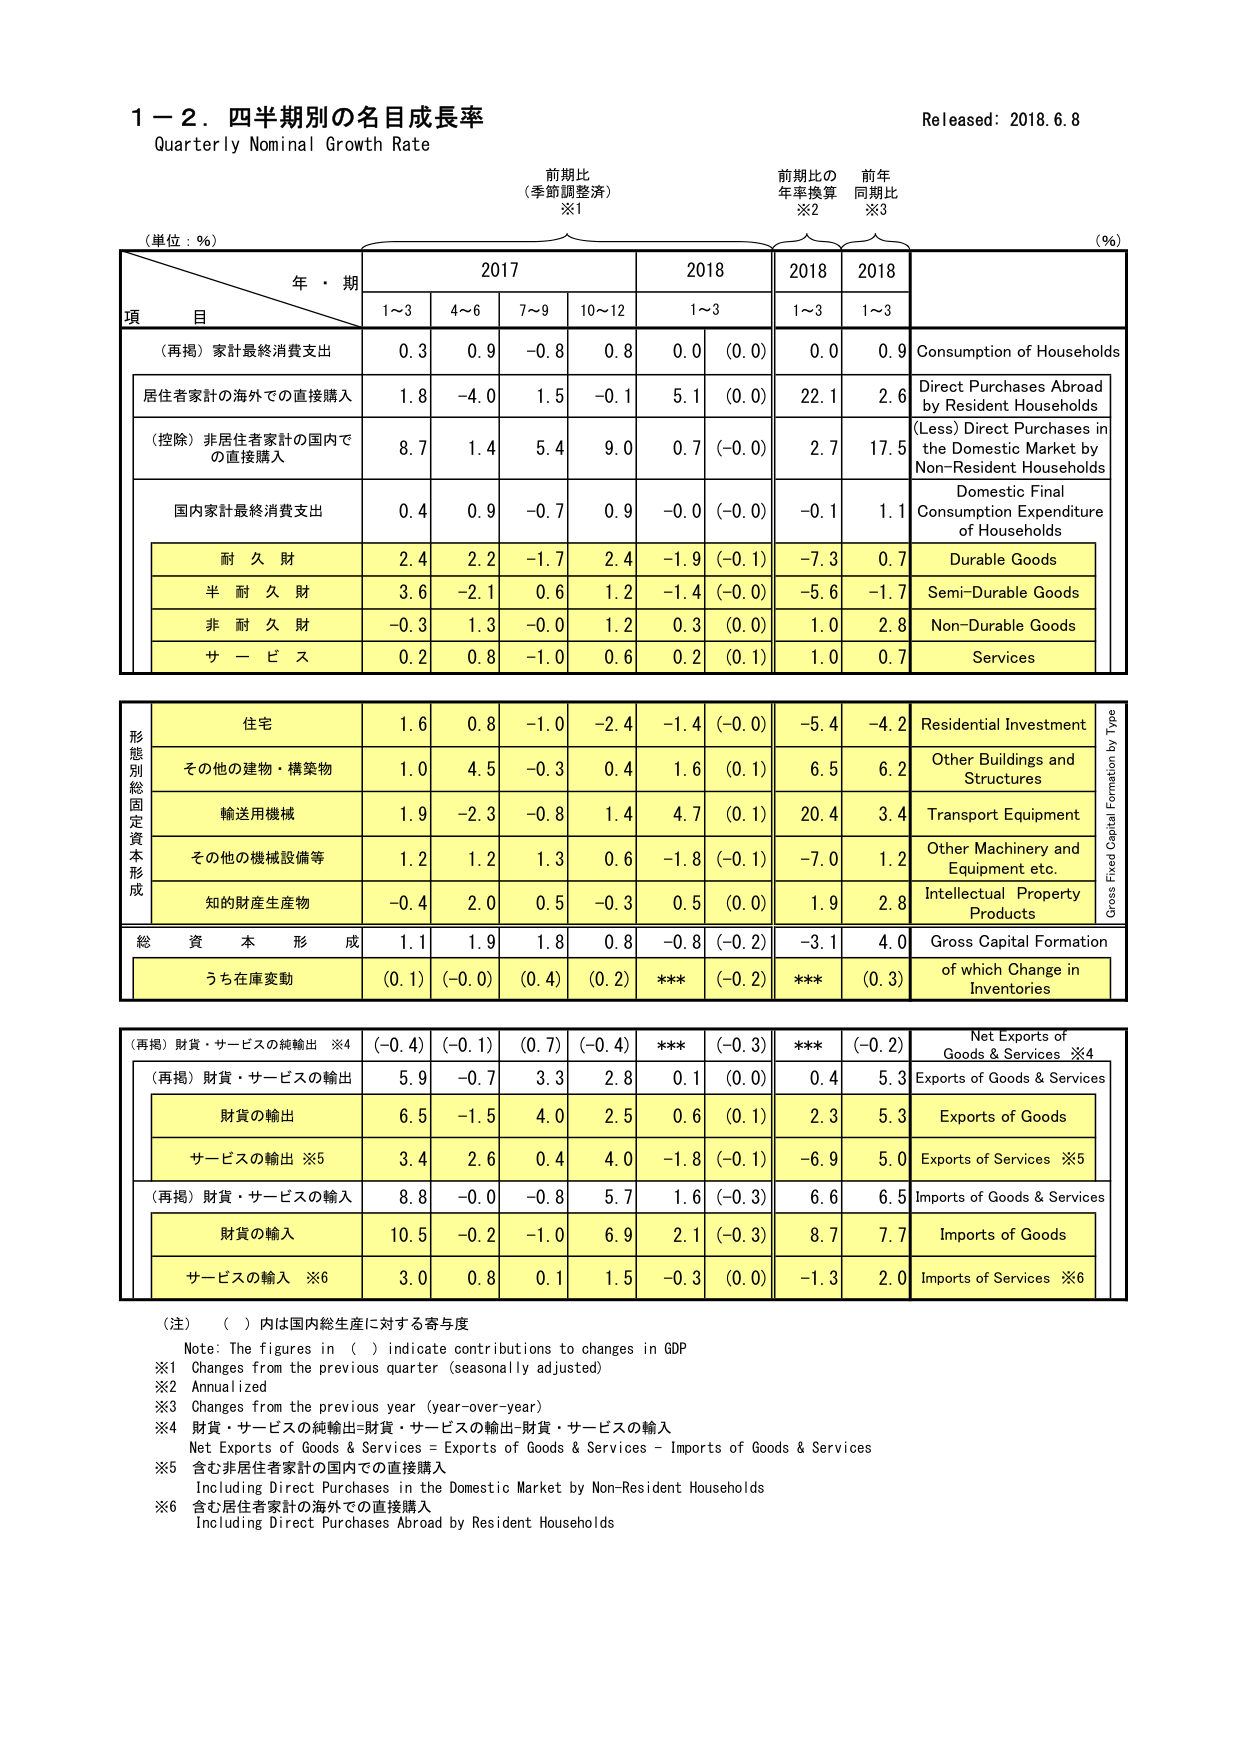
1－2．四半期別の名目成長率
Quarterly Nominal Growth Rate
Released: 2018.6.8

（単位：％）
（%）

前期比
（季節調整済）
※1

前期比の
年率換算
※2

前年
同期比
※3

年・期
2017
2018
2018
2018

項 目
1～3
4～6
7～9
10～12
1～3
1～3
1～3

（再掲）家計最終消費支出
0.3
0.9
-0.8
0.8
0.0
(0.0)
0.0
0.9
Consumption of Households

居住者家計の海外での直接購入
1.8
-4.0
1.5
-0.1
5.1
(0.0)
22.1
2.6
Direct Purchases Abroad by Resident Households

（控除）非居住者家計の国内での直接購入
8.7
1.4
5.4
9.0
0.7
(-0.0)
2.7
17.5
(Less) Direct Purchases in the Domestic Market by Non-Resident Households

国内家計最終消費支出
0.4
0.9
-0.7
0.9
-0.0
(-0.0)
-0.1
1.1
Domestic Final Consumption Expenditure of Households

耐 久 財
2.4
2.2
-1.7
2.4
-1.9
(-0.1)
-7.3
0.7
Durable Goods

半 耐 久 財
3.6
-2.1
0.6
1.2
-1.4
(-0.0)
-5.6
-1.7
Semi-Durable Goods

非 耐 久 財
-0.3
1.3
-0.0
1.2
0.3
(0.0)
1.0
2.8
Non-Durable Goods

サ ー ビ ス
0.2
0.8
-1.0
0.6
0.2
(0.1)
1.0
0.7
Services

形態別総固定資本形成
住宅
1.6
0.8
-1.0
-2.4
-1.4
(-0.0)
-5.4
-4.2
Residential Investment

その他の建物・構築物
1.0
4.5
-0.3
0.4
1.6
(0.1)
6.5
6.2
Other Buildings and Structures

輸送用機械
1.9
-2.3
-0.8
1.4
4.7
(0.1)
20.4
3.4
Transport Equipment

その他の機械設備等
1.2
1.2
1.3
0.6
-1.8
(-0.1)
-7.0
1.2
Other Machinery and Equipment etc.

知的財産生産物
-0.4
2.0
0.5
-0.3
0.5
(0.0)
1.9
2.8
Intellectual Property Products

総 資 本 形 成
1.1
1.9
1.8
0.8
-0.8
(-0.2)
-3.1
4.0
Gross Capital Formation

うち在庫変動
(0.1)
(-0.0)
(0.4)
(0.2)
***
(-0.2)
***
(0.3)
of which Change in Inventories

（再掲）財貨・サービスの純輸出 ※4
(-0.4)
(-0.1)
(0.7)
(-0.4)
***
(-0.3)
***
(-0.2)
Net Exports of Goods & Services ※4

（再掲）財貨・サービスの輸出
5.9
-0.7
3.3
2.8
0.1
(0.0)
0.4
5.3
Exports of Goods & Services

財貨の輸出
6.5
-1.5
4.0
2.5
0.6
(0.1)
2.3
5.3
Exports of Goods

サービスの輸出 ※5
3.4
2.6
0.4
4.0
-1.8
(-0.1)
-6.9
5.0
Exports of Services ※5

（再掲）財貨・サービスの輸入
8.8
-0.0
-0.8
5.7
1.6
(-0.3)
6.6
6.5
Imports of Goods & Services

財貨の輸入
10.5
-0.2
-1.0
6.9
2.1
(-0.3)
8.7
7.7
Imports of Goods

サービスの輸入 ※6
3.0
0.8
0.1
1.5
-0.3
(0.0)
-1.3
2.0
Imports of Services ※6

（注）（ ）内は国内総生産に対する寄与度
Note: The figures in ( ) indicate contributions to changes in GDP
※1 Changes from the previous quarter (seasonally adjusted)
※2 Annualized
※3 Changes from the previous year (year-over-year)
※4 財貨・サービスの純輸出=財貨・サービスの輸出-財貨・サービスの輸入
Net Exports of Goods & Services = Exports of Goods & Services – Imports of Goods & Services
※5 含む非居住者家計の国内での直接購入
Including Direct Purchases in the Domestic Market by Non-Resident Households
※6 含む居住者家計の海外での直接購入
Including Direct Purchases Abroad by Resident Households